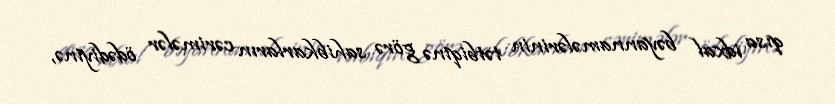
qısa idxal bəyannamələrinin tətbiqinə görə sahibkarların cərimələr ödədiyinə,